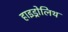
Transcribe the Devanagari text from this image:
हाइड्रोलिथ